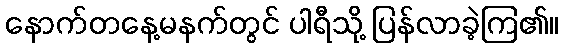
နောက်တနေ့မနက်တွင် ပါရီသို့ ပြန်လာခဲ့ကြ၏။